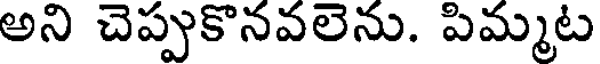
అని చెప్పుకొనవలెను. పిమ్మట